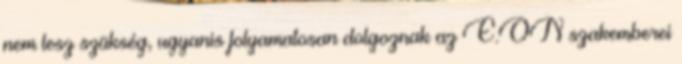
nem lesz szükség, ugyanis folyamatosan dolgoznak az E.ON szakemberei